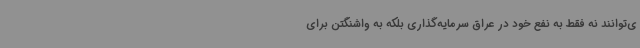
ی‌توانند نه فقط به نفع خود در عراق سرمایه‌گذاری بلکه به واشنگتن برای